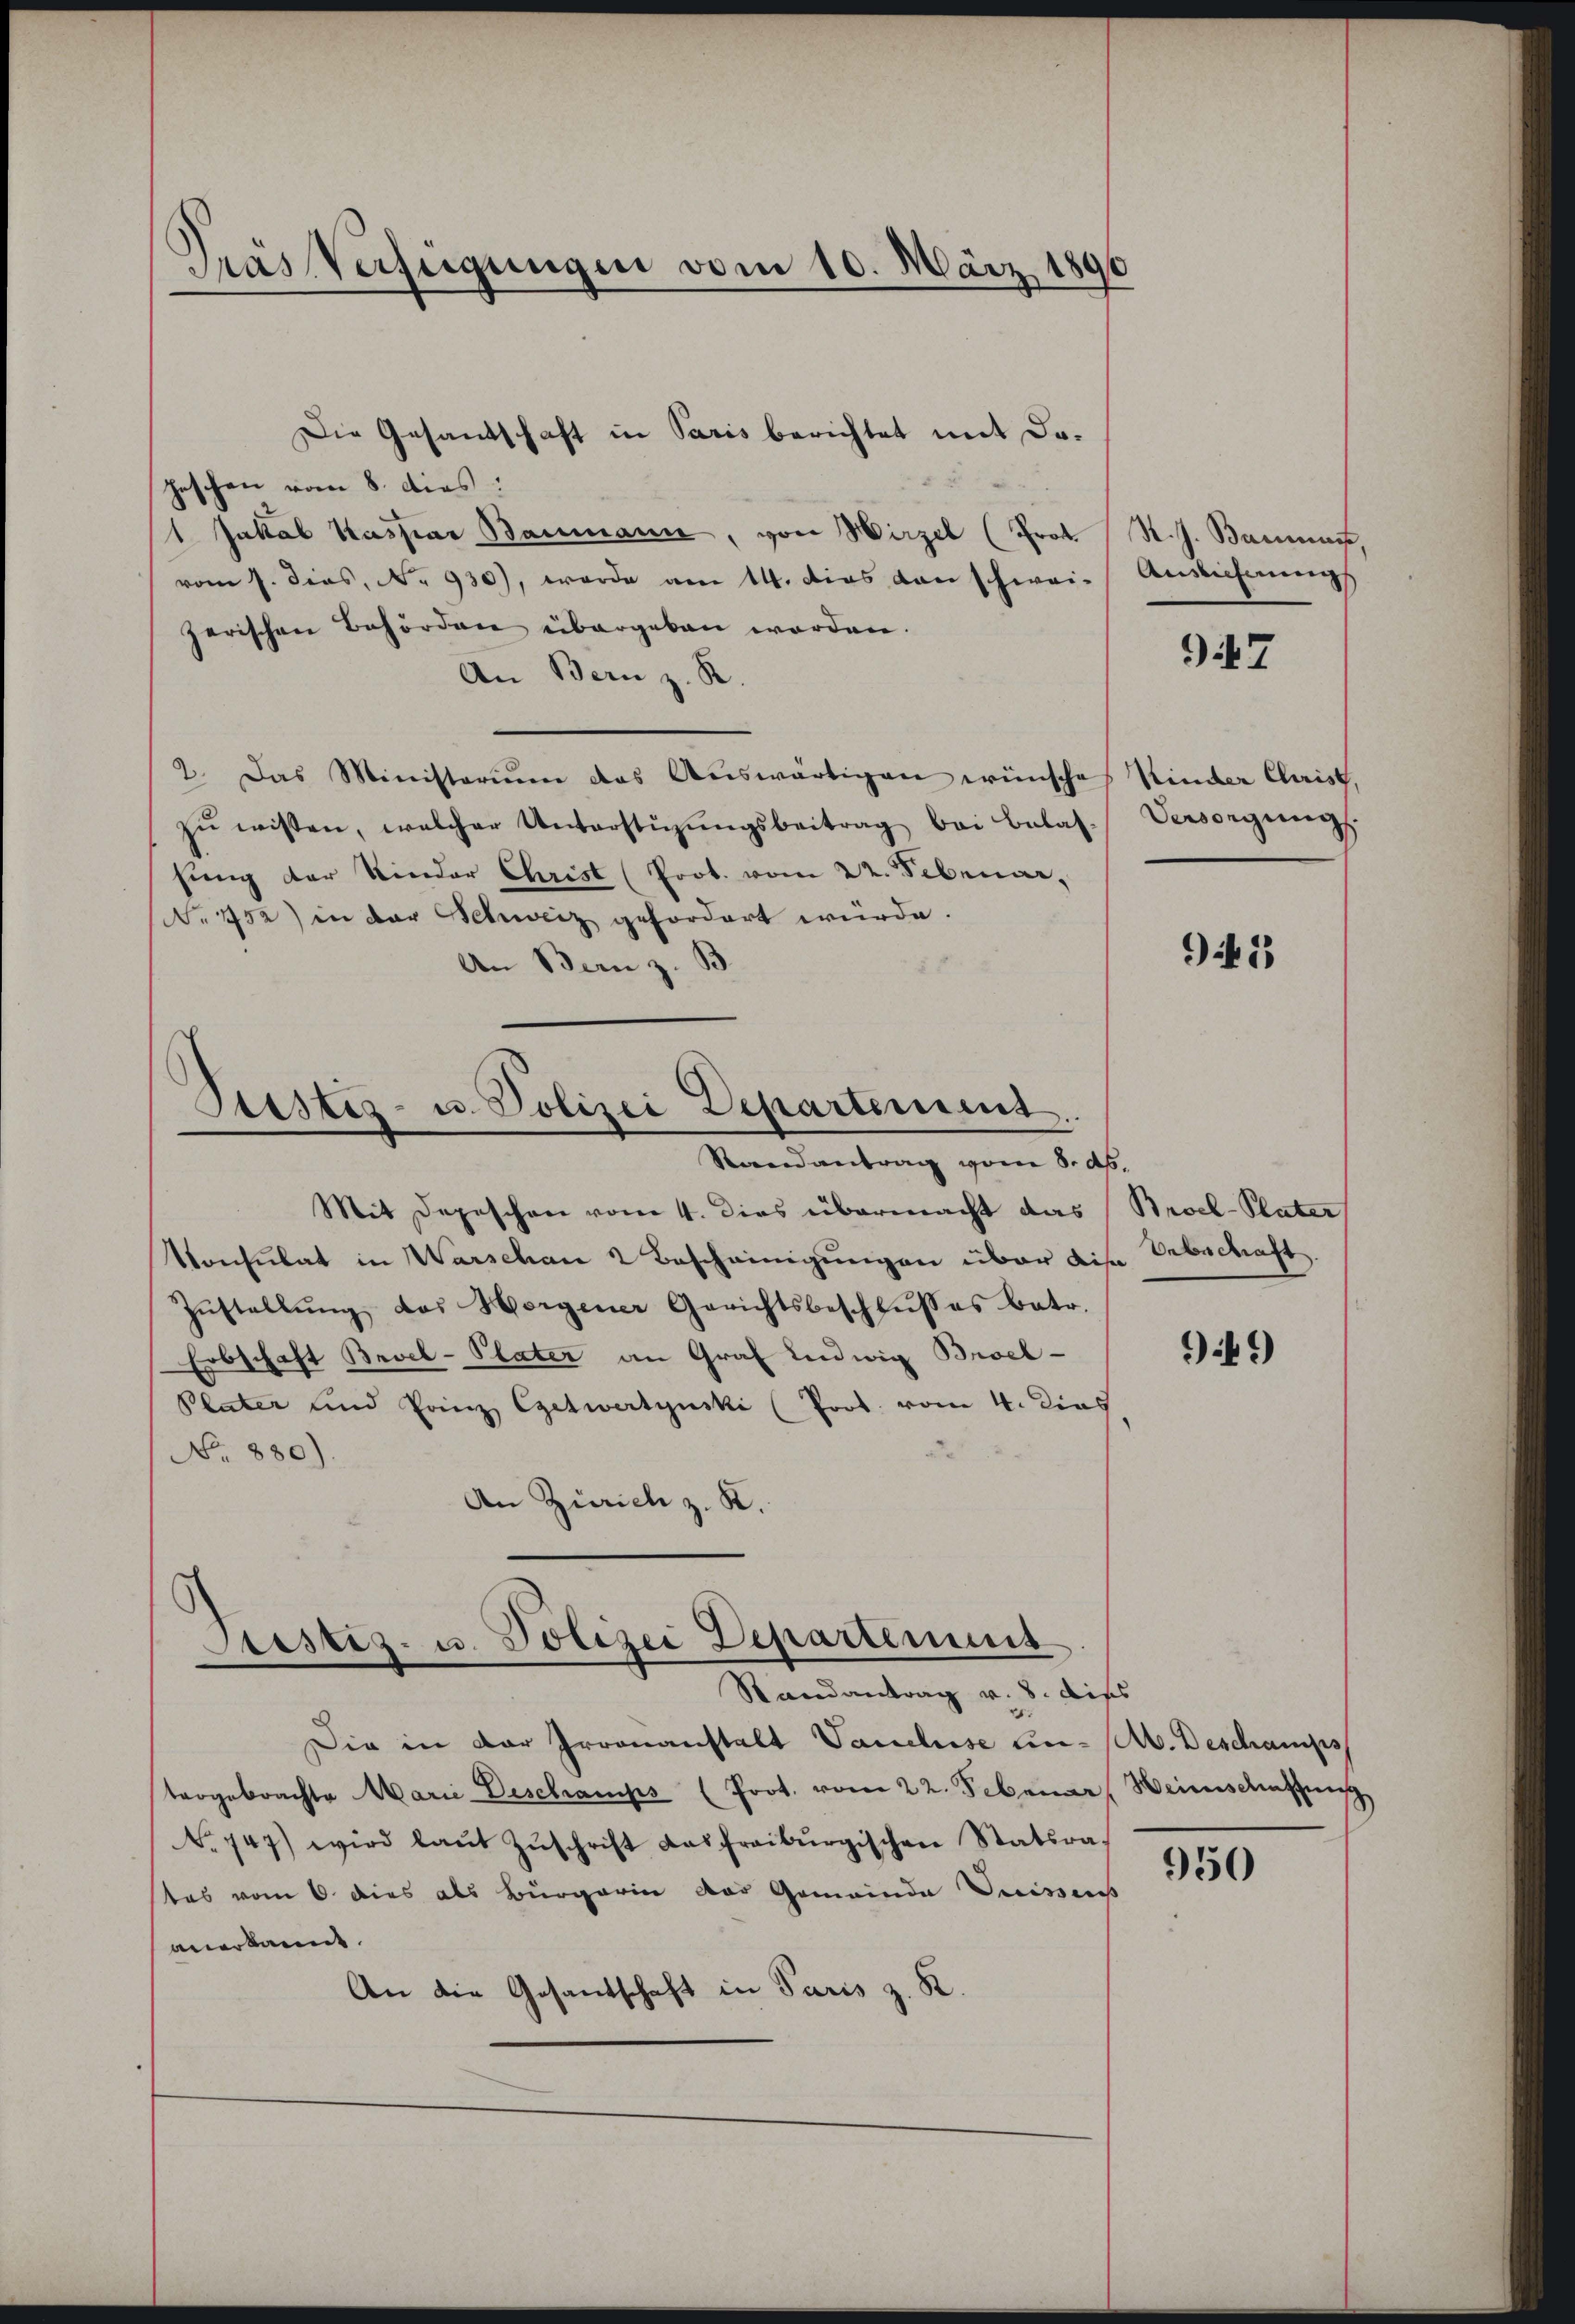
Pras Verfügungen vom 10. März 189

Die Gesandschaft in Paris berichtet mit Doheschen vom 8. dies:
1 Jukal Kaspar Baumann, von Wirzel (Prot. S. J. Bannes,
vom 1. dies, No. 930), werde am 14. dies den schwei- Ausziehungs
zerischen Behörden übergeben worden.
An Bern z. R.
2. Das Ministerium das Aŭswärtigen wünsche Kinder Christ,
zŭ wissen, welcher Unterstüzŭngsbeitrag bei Belas- Versorgŭng.
fung der Kinder Christ (Prot. vom 22. Sebenar,
No 152) in der Schweiz gefordert würde.
An Bern z. B.

Stistes- u. Polizei Departement
Randantrag vom 8. ds.

Stestiz- u. Polizei Departement
Randantrag v. 8. dies

Mit Depeschen vom 4. dies übermacht das
Konsulat in Warschan 2 Bescheinigungen über die Erbschaft
Zŭstallŭng des Horgener Gerichtsbeschlŭsses betr.
Erbschaft Bavel-Plater an Graf Ludwig Brock¬
Plater und Prinz Getwertynski (Prot. vom 4. Dies
No. 880).
An Zürich z. K.

Die in der Irrenanstalt Vaudluse un- (Ab. Deschamps
tergebrachte Marie Deschamps (Prot. vom 22. Februar
No 147) wird laŭt Zŭschrift das freiburgischen Statsra-
tas vom 6. dies als Bürgerin das Gemeinda Suisses
anerkannt.
An die Gesandtschaft in Paris z. R.

47

941

Broel-Plater

949

Heienschaffung

950